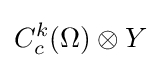
C_{c}^{k}(\Omega )\otimes Y